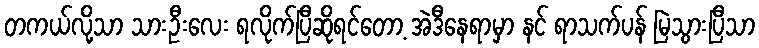
တကယ်လို့သာ သားဦးလေး ရလိုက်ပြီဆိုရင်တော့ အဲဒီနေရာမှာ နင် ရာသက်ပန် မြဲသွားပြီသာ